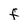
Character: F